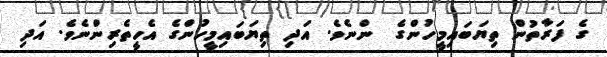
ގެ ފަރާތުން ތިޔަބައިމީހުންގެ  ންނެވެ. އަދި ތިޔަބައިމީހުންގެ އެހީތެރިންނެވެ. އަދި